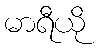
မာရီယို